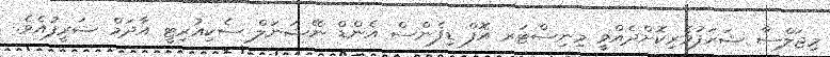
މިޖަލްސާ ޝަރަފުވެރިކޮށްދެއްވީ މިނިސްޓަރ އޮފް ޑިފެންސް އެންޑް ނޭޝަނަލް ސެކިއުރިޓީ އާދަމް ޝަރީފުއެވެ.